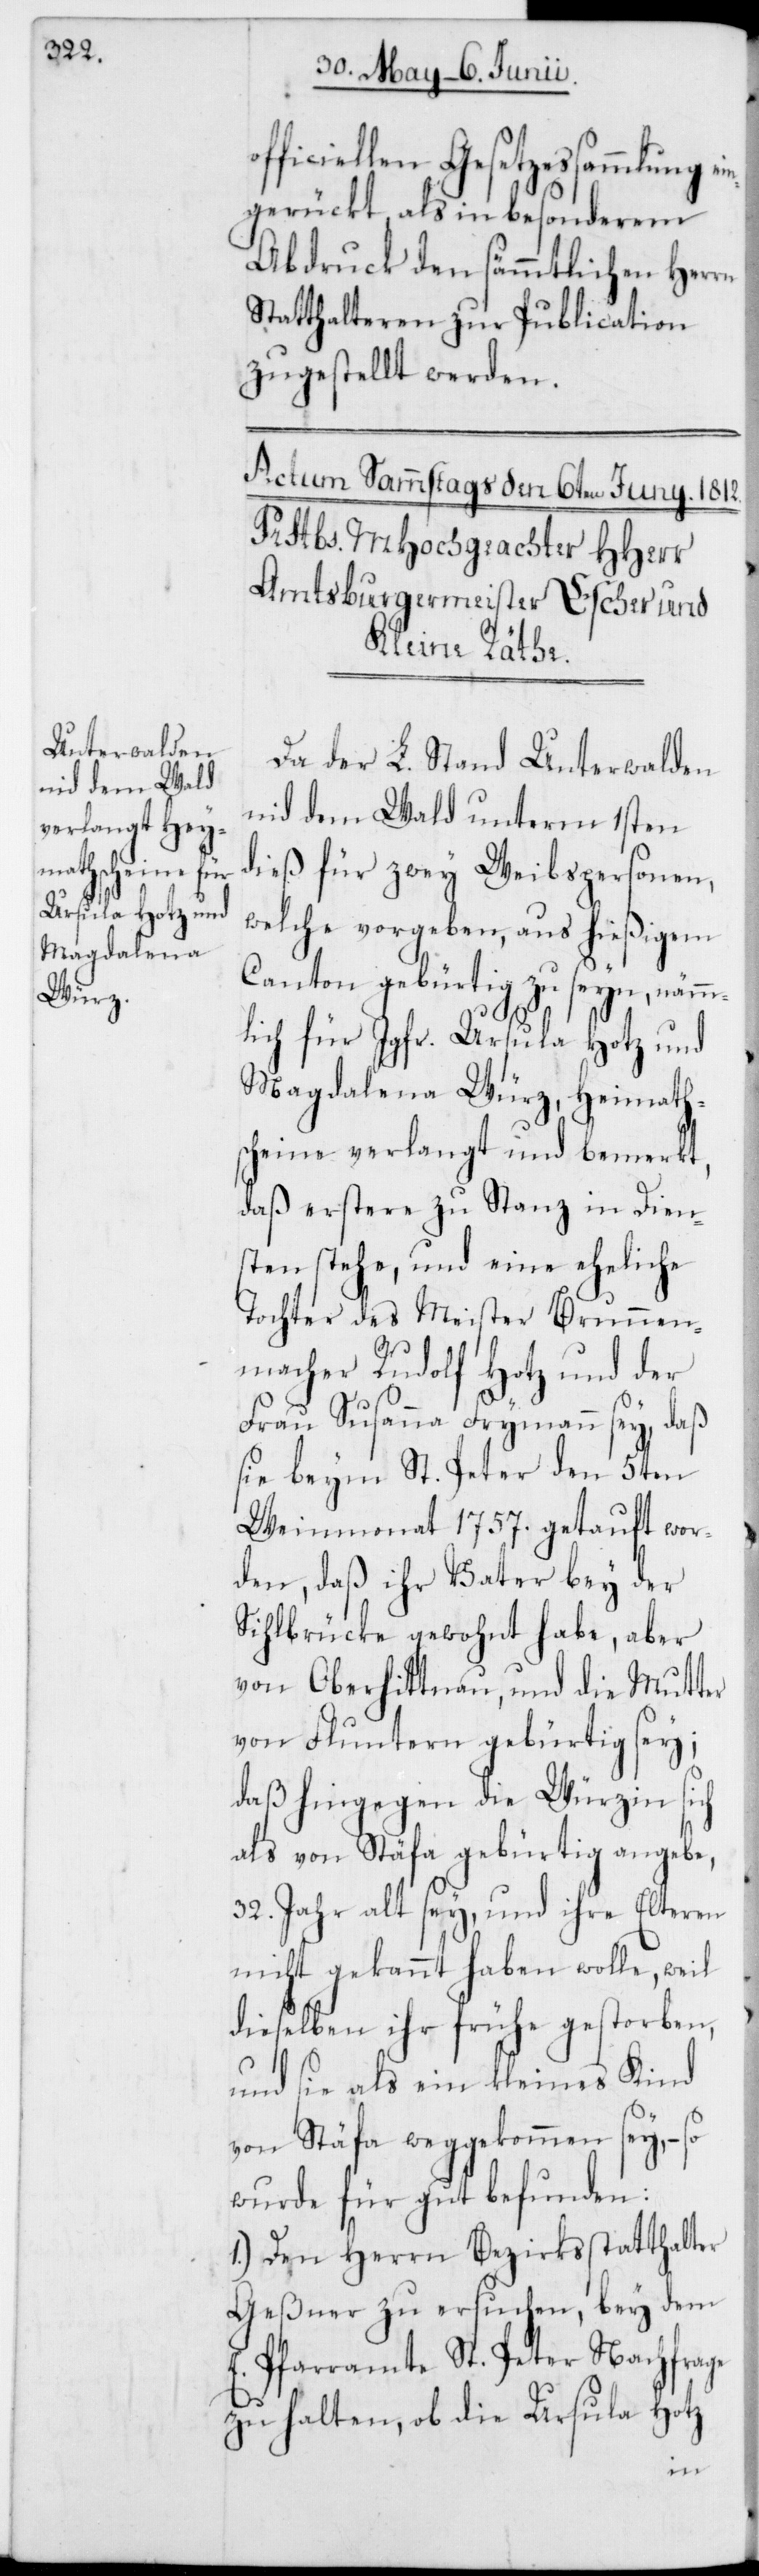
officiellen Gesetzessammlung ei¬
ngerückt, als in besonderem
Abdruck den sämmtlichen Herr¬
Statthalteren zur Publication
zugestellt werden.
Da der L. Stand Unterwalden
nid dem Wald unterm 1sten
dieß für zwey Weibspersonen,
welche vorgeben, aus hießigem
Canton gebürtig zu seyn, nämm¬
lich für Jgfr. Ursula Hotz und
Magdalena Würz, Heymath¬
scheine verlangt und bemerkt,
daß erstere zu Stanz in Dien¬
sten stehe, und eine eheliche
Tochter des Meister Brunnen¬
macher Rudolf Hotz und der
Frau Susanna Frymann sey, daß
sie beym St. Peter den 5ten
Weinmonat 1757. getauft wor¬
den, daß ihr Vater bey der
Sihlbrücke gewohnt habe, aber
von Oberhittnau, und die Mutter
von Fluntern gebürtig sey;
daß hingegen die Würzin si¬
als von Stäfa gebürtig angebe,
32. Jahr alt sey, und ihre Elteren
nicht gekannt haben wolle, weil
dieselben ihr frühe gestorben,
und sie als kleines Kind
von Stäfa weggekommen sey, – so
wurde für gut befunden:
1.) Den Herrn Bezirksstatthalter
Geßner zu ersuchen, bey dem
E. Pfarramte St. Peter Nachfrage
zu halten, ob die Ursula Hotz
ch